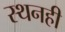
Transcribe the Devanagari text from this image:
स्थनही